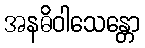
အနဓိဝါသေန္တော